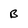
Character: B